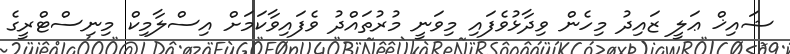
ޝައިޚް ޢަލީ ޒައިދު މިހެން ވިދާޅުވެފައި މިވަނީ މުރުތައްދު ވެފައިވާކަމަށް އިސްލާމިކް މިނިސްޓްރީގެ